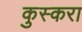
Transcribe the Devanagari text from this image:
कुस्करा